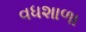
વધશાળા